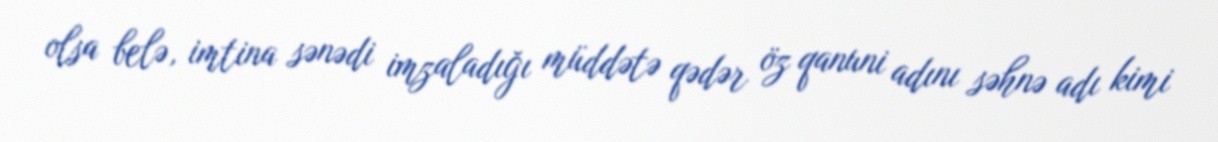
olsa belə, imtina sənədi imzaladığı müddətə qədər öz qanuni adını səhnə adı kimi